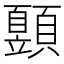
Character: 𩕙